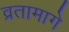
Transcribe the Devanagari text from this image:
व्रतामागे